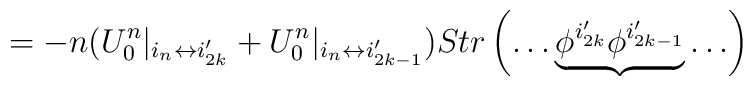
=-n( U^n_0|_{i_n\leftrightarrow i_{2k}'}+U^n_0|_{i_n\leftrightarrow i_{2k-1}'})Str\left(\ldots \underbrace{\phi^{i_{2k}'}\phi^{i_{2k-1}'}}\ldots \right)